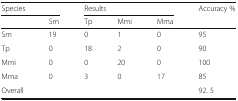
| <COLSPAN=2> Species | <COLSPAN=3> Results | Accuracy % |
 |  | Sm | Tp | Mmi | Mma |  |
 | --- | --- | --- | --- | --- | --- |
 | Sm | 19 | 0 | 1 | 0 | 95 |
 | Tp | 0 | 18 | 2 | 0 | 90 |
 | Mmi | 0 | 0 | 20 | 0 | 100 |
 | Mma | 0 | 3 | 0 | 17 | 85 |
 | Overall |  |  |  |  | 92. 5 |